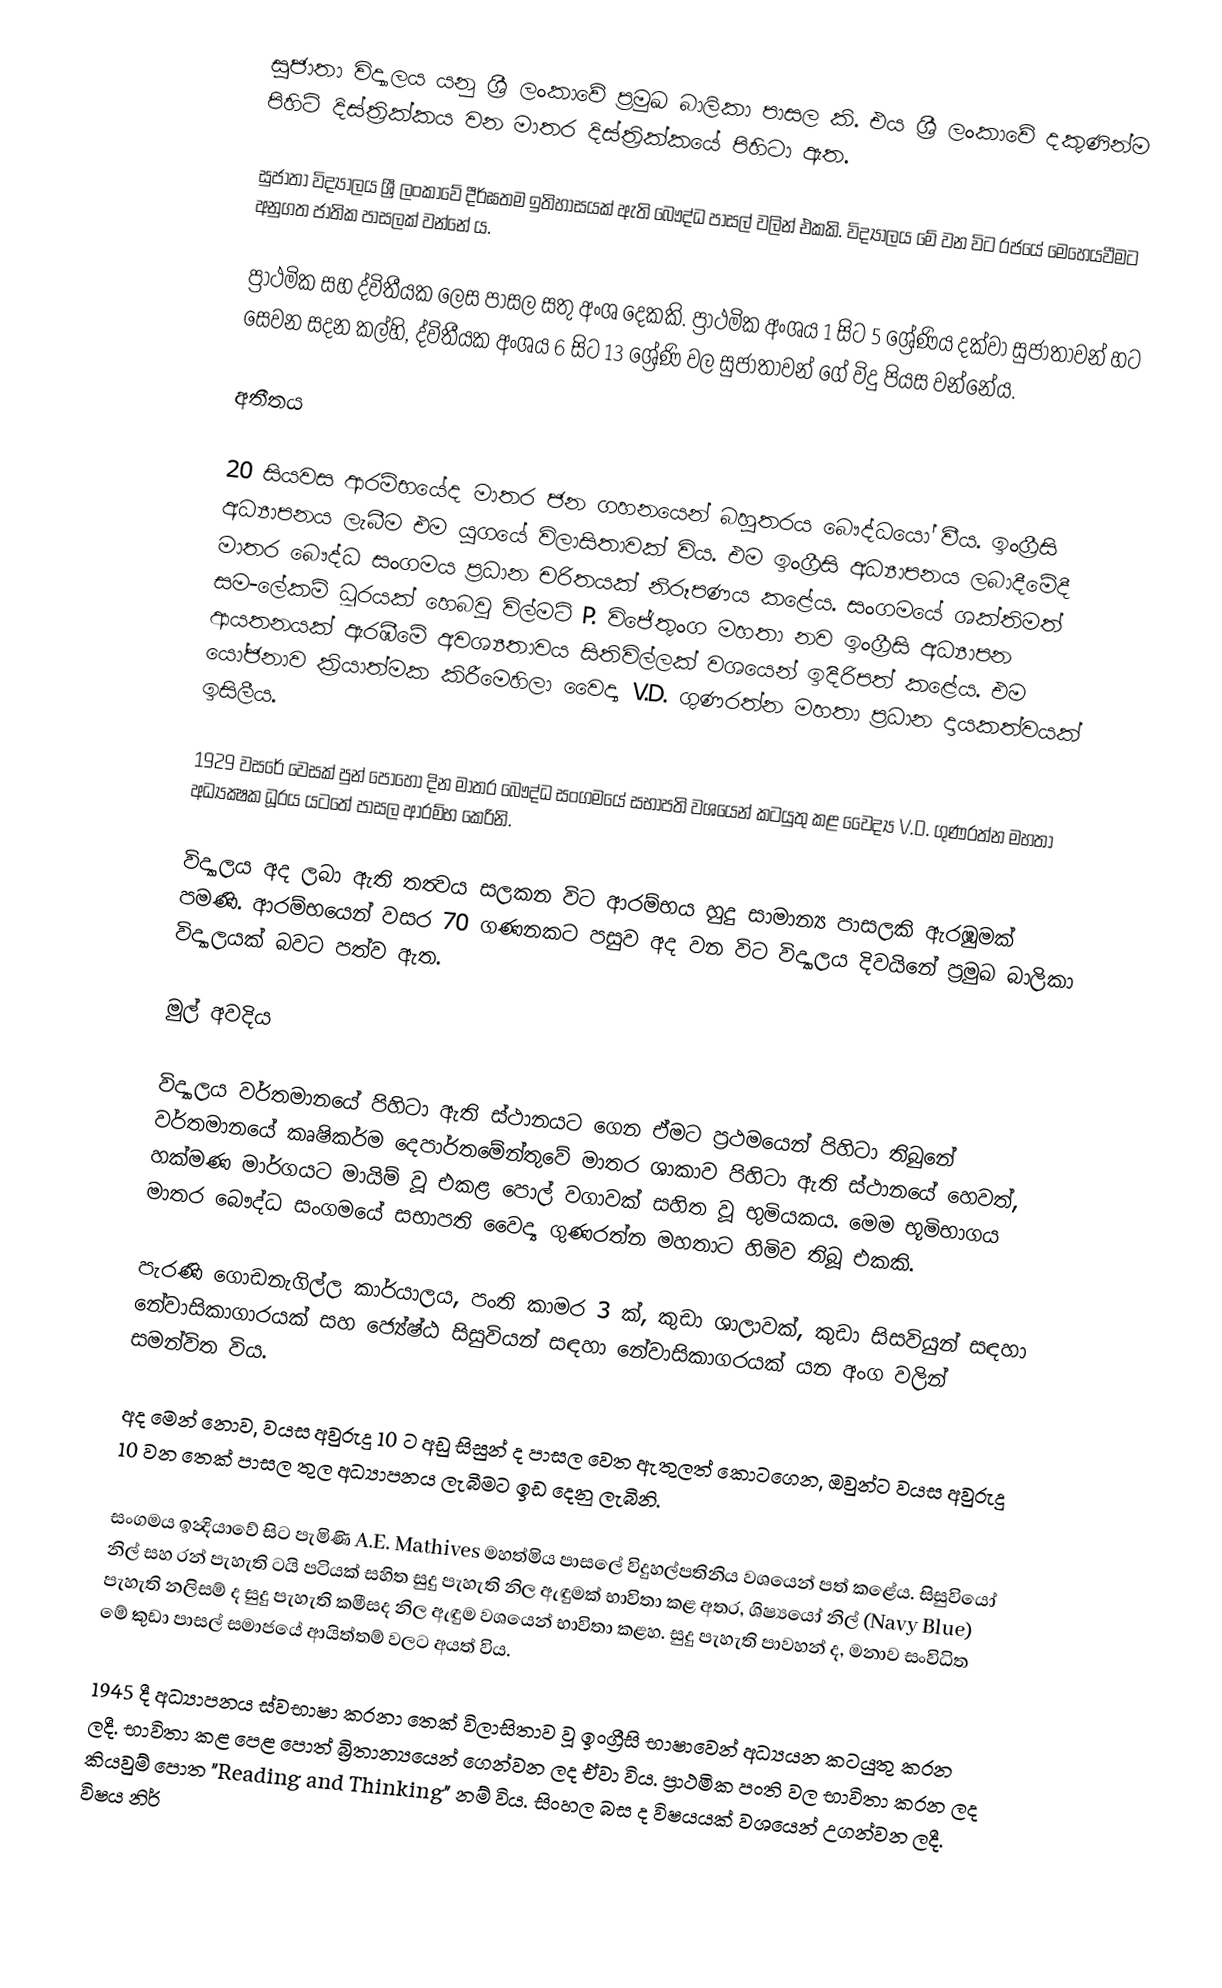
සුජාතා විද්‍යාලය යනු ශ්‍රී ලංකාවේ ප්‍රමුඛ බාලිකා පාසල කි. එය ශ්‍රී ලංකාවේ දකුණින්ම පිහිටි දිස්ත්‍රික්කය වන  මාතර දිස්ත්‍රික්කයේ පිහිටා ඇත.

සුජාතා විද්‍යාලය ශ්‍රී ලංකාවේ දීර්ඝතම ඉතිහාසයක් ඇති බෞද්ධ පාසල් වලින් එකකි. විද්‍යාලය මේ වන විට රජයේ මෙහෙයවීමට අනුගත ජාතික පාසලක් වන්නේ ය.

ප්‍රාථමික සහ ද්විතීයක ලෙස පාසල සතු අංශ දෙකකි. ප්‍රාථමික අංශය 1 සිට 5 ශ්‍රේණිය දක්වා සුජාතාවන් හට සෙවන සදන කල්හි, ද්විතීයක අංශය 6 සිට 13 ශ්‍රේණි වල සුජාතාවන් ගේ විදු පියස වන්නේය.

අතීතය

20 සියවස ආරම්භයේද මාතර ජන ගහනයෙන් බහුතරය බෞද්ධයෝ වීය. ඉංග්‍රීසි අධ්‍යාපනය ලැබීම එම යුගයේ විලාසිතාවක් විය. එම ‍ඉංග්‍රීසි අධ්‍යාපනය ලබාදීමේදී මාතර බෞද්ධ සංගමය ප්‍රධාන චරිතයක් නිරූපණය කළේය. සංගමයේ ශක්තිමත් සම-ලේකම් ධූරයක් හෙබවූ විල්මට් P. විජේතුංග මහතා නව ඉංග්‍රීසි අධ්‍යාපන ආයතනයක් ඇරඹීමේ අවශ්‍යතාවය සිතිවිල්ලක් වශයෙන් ඉිදිරිපත් කළේය. එම යෝජනාව ක්‍රියාත්මක කිරීමෙහිලා වෛද්‍ය V.D. ගුණරත්‍න මහතා ප්‍රධාන දායකත්වයක් ඉසිලීය.

1929 වසරේ වෙසක් පුන් පොහෝ දින මාතර බෞද්ධ සංගමයේ සභාපති වශයෙන් කටයුතු කළ වෛද්‍ය V.D. ගුණරත්‍න මහතා අධ්‍යක්‍ෂක ධූරය යටතේ පාසල ආරම්භ කෙරිනි.

විද්‍යාලය අද ලබා ඇති තත්‍වය සලකන විට ආරම්භය හුදු සාමාන්‍ය පාසලකි ඇරඹුමක් පමණි. ආරම්භයෙන් වසර 70 ගණනකට පසුව අද වන විට විද්‍යාලය දිවයිනේ ප්‍රමුඛ බාලිකා විද්‍යාලයක් බවට පත්ව ඇත.

මුල් අවදිය

විද්‍යාලය වර්තමානයේ පිහිටා ඇති ස්ථානයට ගෙන ඒමට ප්‍රථමයෙන් පිහිටා තිබුනේ වර්තමානයේ කෘෂිකර්ම දෙපාර්තමේන්‍තුවේ මාතර ශාකාව පිහිටා ඇති ස්ථානයේ හෙවත්, හක්මණ මාර්ගයට මායිම් වූ එකළ පොල් වගාවක් සහිත වූ භුමියකය. මෙම භූමිභාගය මාතර බෞද්ධ සංගමයේ සභාපති වෛද්‍ය ගුණරත්‍න මහතාට හිමිව තිබූ එකකි.

පැරණි ගොඩනැගිල්ල කාර්යාලය, පංති කාමර 3 ක්, කුඩා ශාලාවක්, කුඩා සිසවියුන් සඳහා නේවාසිකාගාරයක් සහ ජ්‍යේෂ්ඨ සිසුවියන් සඳහා නේවාසිකාගරයක් යන අංග වලින් සමන්විත විය.

අද මෙන් නොව, වයස අවුරුදු 10 ට අඩු සිසුන් ද පාසල වෙත ඇතුලත් කොටගෙන, ඔවුන්ට වයස අවුරුදු 10 වන තෙක් පාසල තුල අධ්‍යාපනය ලැබීමට ඉඩ දෙනු ලැබිනි.

සංගමය ඉන්‍දියාවේ සිට පැමිණි A.E. Mathives මහත්මිය පාසලේ විදුහල්පතිනිය වශයෙන් පත් කළේය. සිසුවියෝ නිල් සහ රන් පැහැති ටයි පටියක් සහිත සුදු පැහැති නිල ඇඳුමක් භාවිතා කළ අතර, ශිෂ්‍යයෝ නිල් (Navy Blue) පැහැති නලිසම් ද සුදු පැහැති කමීසද නිල ඇඳුම වශයෙන් භාවිතා කළහ. සුදු පැහැති පාවහන් ද, මනාව සංවිධිත මේ කුඩා පාසල් සමාජයේ ආයිත්තම් වලට අයත් විය.

1945 දී අධ්‍යාපනය ස්‍වභාෂා කරනා තෙක් විලාසිතාව වූ ඉංග්‍රීසි භාෂාවෙන් අධ්‍යයන කටයුතු කරන ලදී. භාවිතා කළ පෙළ පොත් බ්‍රිතාන්‍යයෙන් ගෙන්වන ලද ඒවා විය. ප්‍රාථමික පංති වල භාවිතා කරන ලද කියවුම් පොත "Reading and Thinking" නම් විය. සිංහල බස ද විෂයයක් වශයෙන් උගන්වන ලදී. විෂය නිර්